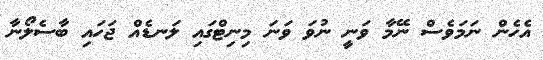
އެހެން ނަމަވެސް ނޭމާ ވަނީ ނުވަ ވަނަ މިނިޓްގައި ލަނޑެއް ޖަހައި ބާސެލޯނާ